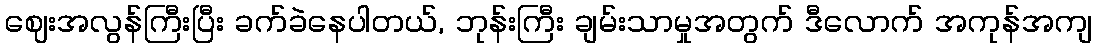
ဈေးအလွန်ကြီးပြီး ခက်ခဲနေပါတယ်, ဘုန်းကြီး ချမ်းသာမှုအတွက် ဒီလောက် အကုန်အကျ